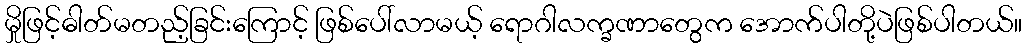
မှိုဖြင့်ဓါတ်မတည့်ခြင်းကြောင့် ဖြစ်ပေါ်လာမယ့် ရောဂါလက္ခဏာတွေက အောက်ပါတို့ပဲဖြစ်ပါတယ်။